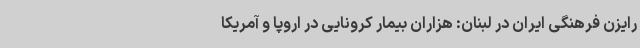
رایزن فرهنگی ایران در لبنان: هزاران بیمار کرونایی در اروپا و آمریکا